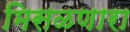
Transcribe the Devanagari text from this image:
मिसळणारा